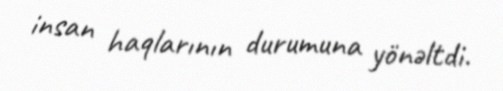
insan haqlarının durumuna yönəltdi.